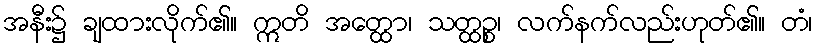
အနီး၌ ချထားလိုက်၏။ ဣတိ အတ္ထော၊ သတ္ထဉ္စ၊ လက်နက်လည်းဟုတ်၏။ တံ၊